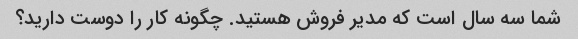
شما سه سال است که مدیر فروش هستید. چگونه کار را دوست دارید؟